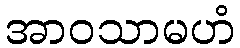
အာဝသာမဟံ